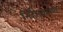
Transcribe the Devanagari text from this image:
निर्हेतुकपणे